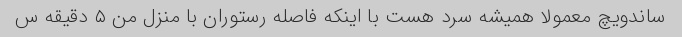
ساندویچ معمولا همیشه سرد هست با اینکه فاصله رستوران با منزل من ۵ دقیقه س